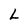
Character: L